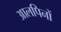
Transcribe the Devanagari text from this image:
आलपिनों